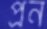
প্রন